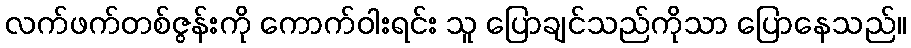
လက်ဖက်တစ်ဇွန်းကို ကောက်ဝါးရင်း သူ ပြောချင်သည်ကိုသာ ပြောနေသည်။